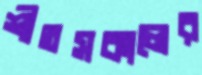
শীতসকালের